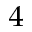
_ 4